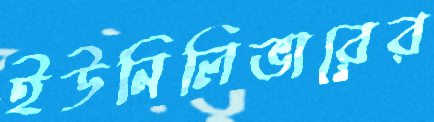
ইউনিলিভারের